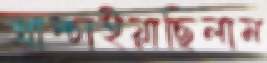
খাম্‌চাইয়াছিলাম